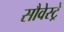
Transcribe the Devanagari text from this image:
सौवेस्ट्रे